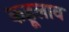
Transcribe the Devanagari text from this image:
कहूलाव